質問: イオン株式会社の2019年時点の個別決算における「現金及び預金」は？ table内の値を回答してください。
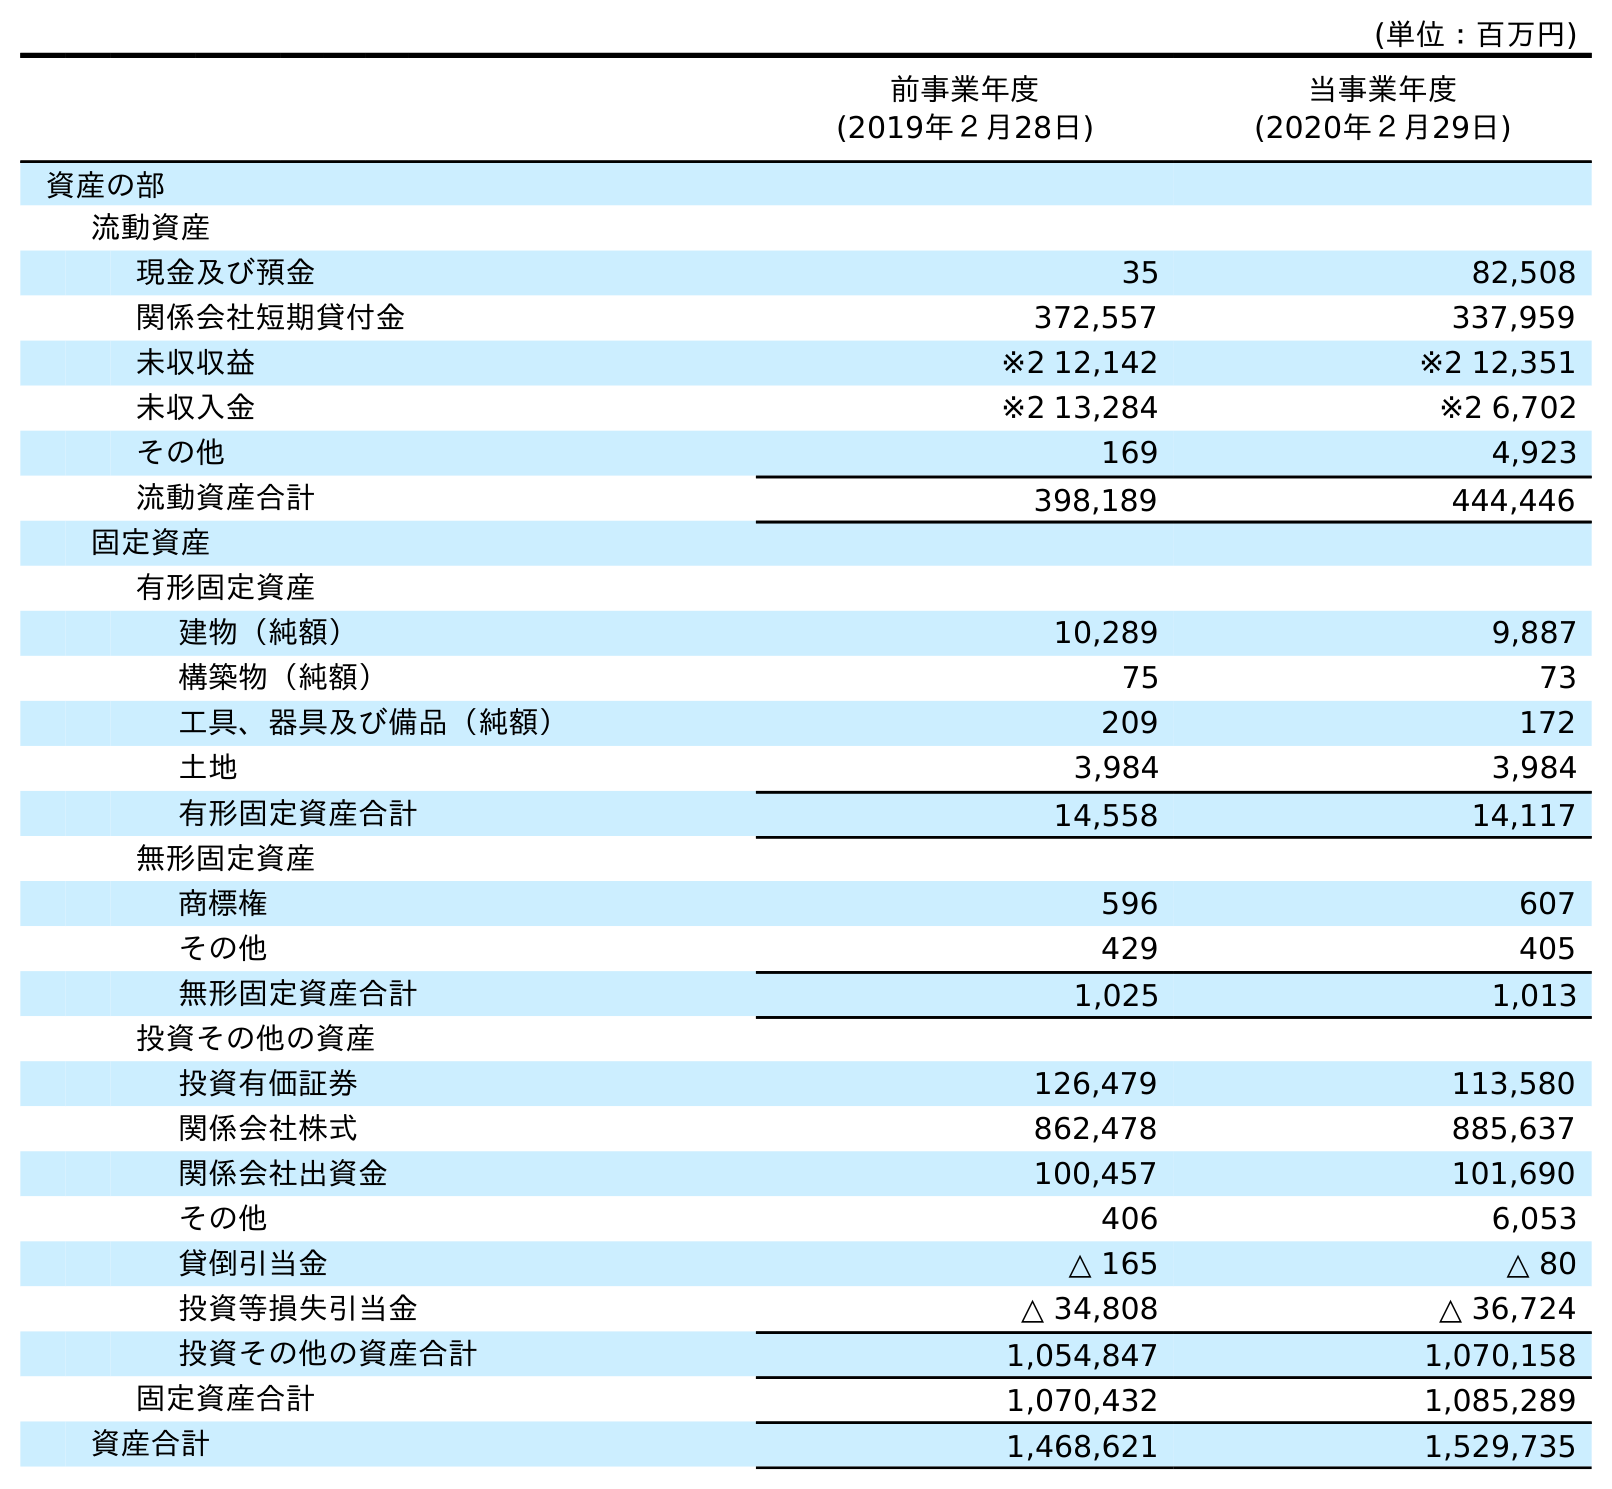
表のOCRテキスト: (単位：百万円) 前事業年度 (2019年２月28日) 当事業年度 (2020年２月29日) 資産の部 流動資産 現金及び預金 35 82,508 関係会社短期貸付金 372,557 337,959 未収収益 ※2 12,142 ※2 12,351 未収入金 ※2 13,284 ※2 6,702 その他 169 4,923 流動資産合計 398,189 444,446 固定資産 有形固定資産 建物（純額） 10,289 9,887 構築物（純額） 75 73 工具、器具及び備品（純額） 209 172 土地 3,984 3,984 有形固定資産合計 14,558 14,117 無形固定資産 商標権 596 607 その他 429 405 無形固定資産合計 1,025 1,013 投資その他の資産 投資有価証券 126,479 113,580 関係会社株式 862,478 885,637 関係会社出資金 100,457 101,690 その他 406 6,053 貸倒引当金 △ 165 △ 80 投資等損失引当金 △ 34,808 △ 36,724 投資その他の資産合計 1,054,847 1,070,158 固定資産合計 1,070,432 1,085,289 資産合計 1,468,621 1,529,735
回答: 35